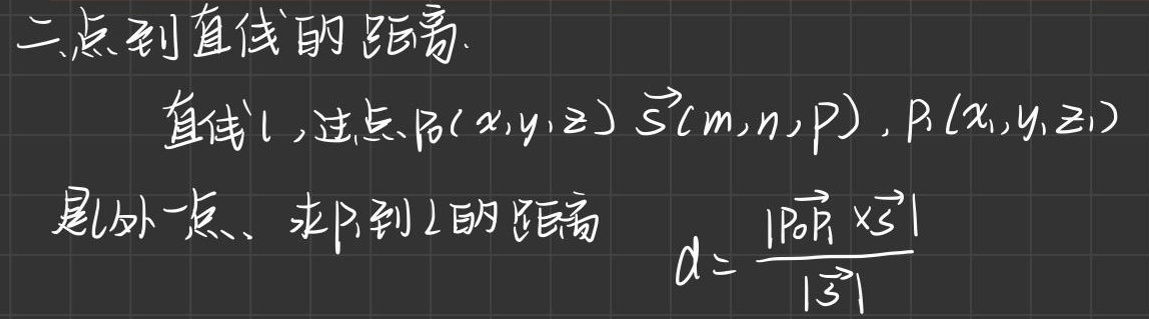
二、点到直线的距离.

直线\(l\)，过点\(P(x,y,z)\) \(\vec{s}(m,n,p)\)，\(P_1(x_1,y_1,z_1)\)
是外一点，求\(P_1\)到\(l\)的距离
\[d = \frac{\vert\overrightarrow{P_0P_1} \times \vec{s}\vert}{\vert\vec{s}\vert}\]